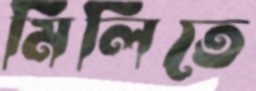
মিলিতে